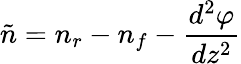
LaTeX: \tilde{n}=n_{r}-n_{f}-{\frac{d^{2}\varphi}{dz^{2}}}